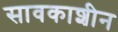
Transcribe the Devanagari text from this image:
सावकाशीन